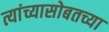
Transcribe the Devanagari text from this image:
त्यांच्यासोबतच्या